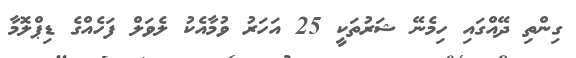
ގިންތި ދޭއްގައި ހިމެނޭ ޝަރުތަކީ 25 އަހަރު ވުމާއެކު ލެވަލް ފަހެއްގެ ޑިޕްލޮމާ